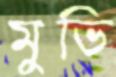
মুভি